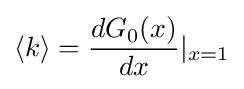
{\langle k\rangle }={dG_{0}(x) \over dx}|_{x=1}